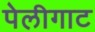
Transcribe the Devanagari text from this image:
पेलीगाट